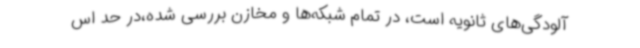
آلودگی‌های ثانویه است، در تمام شبکه‌ها و مخازن بررسی شده،در حد اس